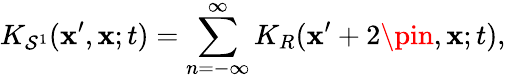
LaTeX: K_{\mathcal{S}^{1}}(\mathbf{x}^{\prime},\mathbf{x};t)=\sum_{n=-\infty}^{\infty}K_{R}(\mathbf{x}^{\prime}+2\pin,\mathbf{x};t),